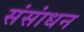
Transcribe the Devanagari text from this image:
संसांधन